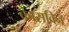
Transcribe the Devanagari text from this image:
कासविन